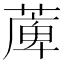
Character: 𦸣